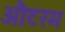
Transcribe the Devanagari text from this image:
औटरम